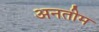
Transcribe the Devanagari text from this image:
अनतीम